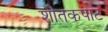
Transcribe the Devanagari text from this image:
शीतकपाट